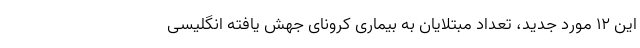
این ۱۲ مورد جدید، تعداد مبتلایان به بیماری کرونای جهش یافته انگلیسی